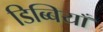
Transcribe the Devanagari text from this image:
डिब्बियाँ